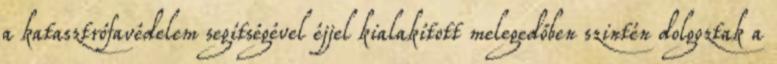
a katasztrófavédelem segítségével éjjel kialakított melegedőben szintén dolgoztak a